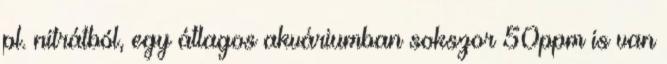
pl. nitrátból, egy átlagos akváriumban sokszor 50ppm is van